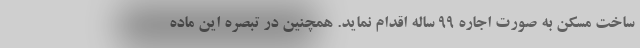
ساخت مسکن به صورت اجاره 99 ساله اقدام نماید. همچنین در تبصره این ماده